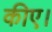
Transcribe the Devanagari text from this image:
कीए।